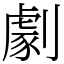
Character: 劇